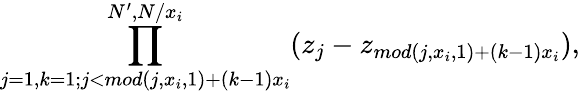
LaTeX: \prod_{j=1,k=1;j<mod(j,x_{i},1)+(k-1)x_{i}}^{N^{\prime},N/x_{i}}(z_{j}-z_{mod(j,x_{i},1)+(k-1)x_{i}}),